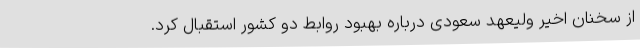
از سخنان اخیر ولیعهد سعودی درباره بهبود روابط دو کشور استقبال کرد.